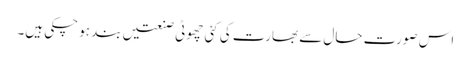
اس صورت حال سے بھارت کی کئی چھوٹی صنعتیں بند ہو چکی ہیں۔